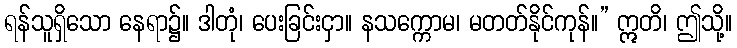
ရန်သူရှိသော နေရာ၌။ ဒါတုံ၊ ပေးခြင်းငှာ။ နသက္ကောမ၊ မတတ်နိုင်ကုန်။” ဣတိ၊ ဤသို့။